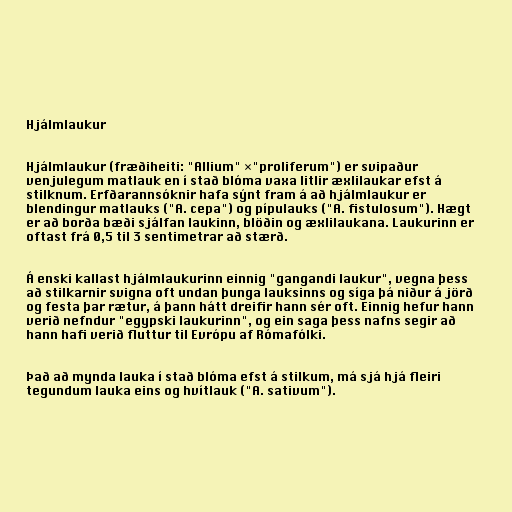
Hjálmlaukur

Hjálmlaukur (fræðiheiti: "Allium" ×"proliferum") er svipaður
venjulegum matlauk en í stað blóma vaxa litlir æxlilaukar efst á
stilknum. Erfðarannsóknir hafa sýnt fram á að hjálmlaukur er
blendingur matlauks ("A. cepa") og pípulauks ("A. fistulosum"). Hægt
er að borða bæði sjálfan laukinn, blöðin og æxlilaukana. Laukurinn er
oftast frá 0,5 til 3 sentimetrar að stærð.

Á enski kallast hjálmlaukurinn einnig "gangandi laukur", vegna þess
að stilkarnir svigna oft undan þunga lauksinns og síga þá niður á jörð
og festa þar rætur, á þann hátt dreifir hann sér oft. Einnig hefur hann
verið nefndur "egypski laukurinn", og ein saga þess nafns segir að
hann hafi verið fluttur til Evrópu af Rómafólki.

Það að mynda lauka í stað blóma efst á stilkum, má sjá hjá fleiri
tegundum lauka eins og hvítlauk ("A. sativum").